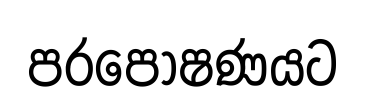
පරපෝෂණයට